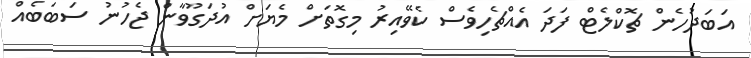
އަބަދުހެން ޗޮކްލެޓް ފަދަ އެއްޗެހިވެސް ކެވޭއިރު މިގޮތަށް މެޔަށް އުދަގޫވާން ޖެހުނު ސަބަބެއް